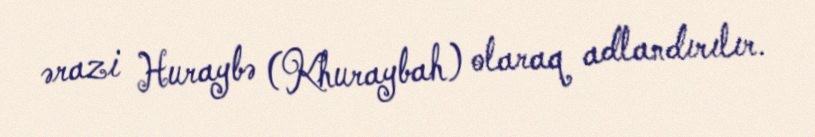
ərazi Huraybə (Khuraybah) olaraq adlandırılır.